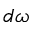
d \omega